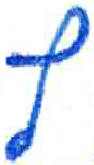
אות: ץ